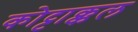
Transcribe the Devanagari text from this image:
कोट्टाक्कल